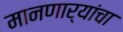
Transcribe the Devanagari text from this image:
मानणार्‍यांचा